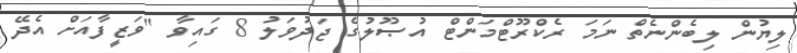
ލިޔުން ލިބެންނެތް ނަމަ ރެކްރޫޓްމަންޓް އުޞޫލުގެ ޖަދުވަލު 8 ގައިވާ "ވަޒީފާއަށް އެދޭ